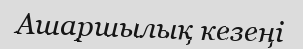
Ашаршылық кезеңі